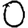
Digit: 0